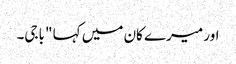
اور میرے کان میں کہا "باجی۔